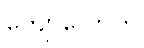
ကျော်လောက်